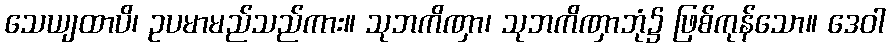
သေယျထာပိ၊ ဥပမာမည်သည်ကား။ သုဘကိဏှာ၊ သုဘကိဏှာဘုံ၌ ဖြစ်ကုန်သော။ ဒေဝါ